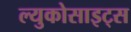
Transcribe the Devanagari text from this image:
ल्युकोसाइट्स